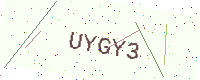
Text: UYGY3